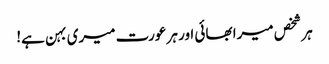
ہر شخص میرا بھائی اور ہر عورت میری بہن ہے!